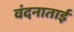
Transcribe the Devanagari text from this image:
वंदनाताई